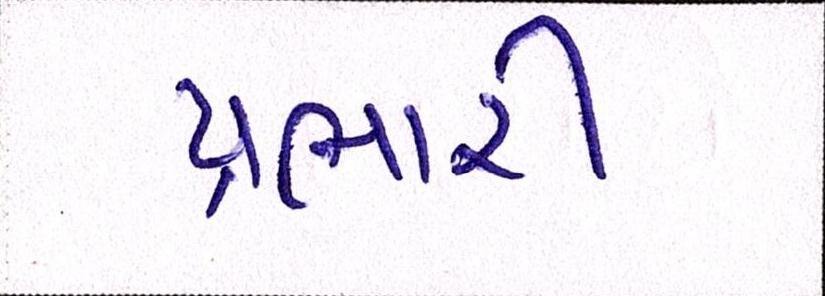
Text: પ્રભારી